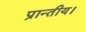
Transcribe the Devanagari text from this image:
प्रान्तीय।